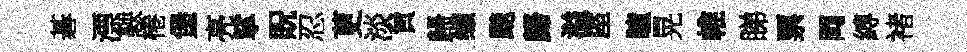
碁漂鞅棬堡亮挲貺忍茰淡貟歸缬颷歸溢厔瞳晃帷睇票岡縛褚